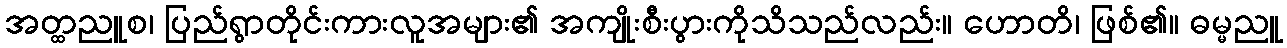
အတ္ထညူစ၊ ပြည်ရွာတိုင်းကားလူအများ၏ အကျိုးစီးပွားကိုသိသည်လည်း။ ဟောတိ၊ ဖြစ်၏။ ဓမ္မညူ